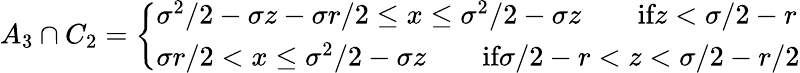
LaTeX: \begin{array}{r}{A_{3}\cap C_{2}=\left\{ \begin{array}{ll}{\sigma^{2}/2-\sigma z-\sigma r/2\leq x\leq\sigma^{2}/2-\sigma z\qquad\textrm{if}z<\sigma/2-r}\\ {\sigma r/2<x\leq\sigma^{2}/2-\sigma z\qquad\textrm{if}\sigma/2-r<z<\sigma/2-r/2}\end{array}\right.}\end{array}